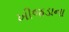
ખીજડાના